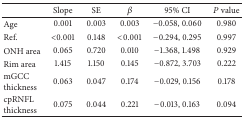
|  | Slope | SE | β | 95% CI | P value |
 | --- | --- | --- | --- | --- | --- |
 | Age | 0.001 | 0.003 | 0.003 | −0.058, 0.060 | 0.980 |
 | Ref. | <0.001 | 0.148 | <0.001 | −0.294, 0.295 | 0.997 |
 | ONH area | 0.065 | 0.720 | 0.010 | −1.368, 1.498 | 0.929 |
 | Rim area | 1.415 | 1.150 | 0.145 | −0.872, 3.703 | 0.222 |
 | mGCC thickness | 0.063 | 0.047 | 0.174 | −0.029, 0.156 | 0.178 |
 | cpRNFL thickness | 0.075 | 0.044 | 0.221 | −0.013, 0.163 | 0.094 |